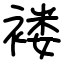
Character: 褛